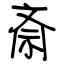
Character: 斎